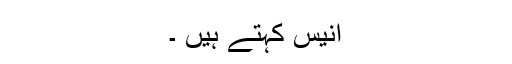
انیس کہتے ہیں ۔